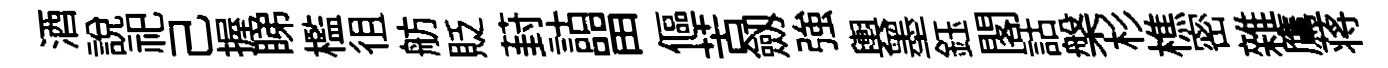
酒説祀己握睇檻徂舫貶葑詁㽞傴苦劔強輿墨鈺閣詁槃杉樵密雜鷹蒋